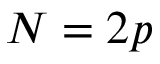
N = 2 p